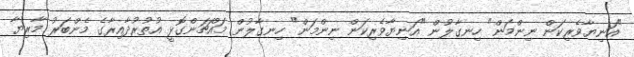
"އަނިޔާވެރިކަން ނިންމަން" ހިނގާލުން "އަނިޔާވެރިކަން ނިންމަން" ހިނގާލުން މައްޗަންގޮޅީ އުތުރުދާއިރާގެ މެންބަރު މާރިޔާ